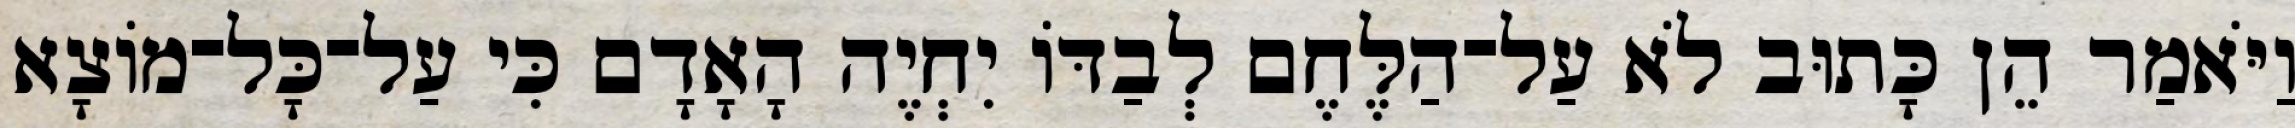
וַיֹּאמַר הֵן כָּתוּב לֹא עַל־הַלֶּחֶם לְבַדּוֹ יִחְיֶה הָאָדָם כִּי עַל־כָּל־מוֹצָא